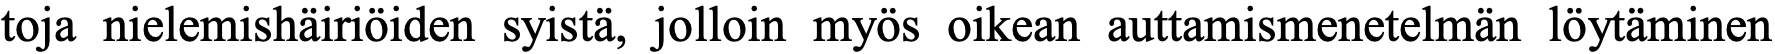
toja nielemishäiriöiden syistä, jolloin myös oikean auttamismenetelmän löytäminen